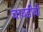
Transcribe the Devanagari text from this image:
चावडीची